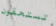
تستحقون